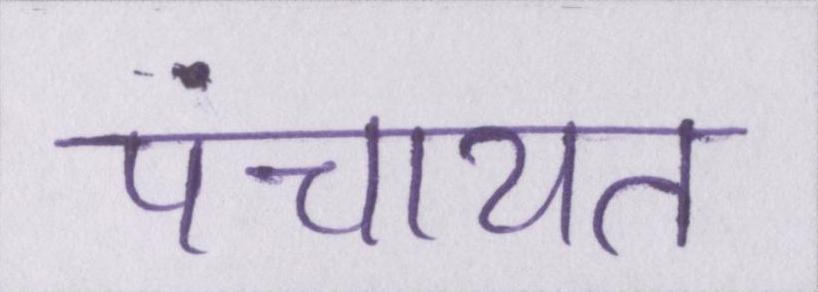
पंचायत